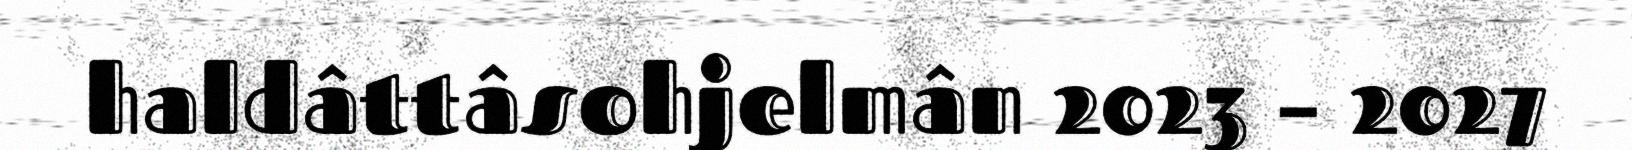
haldâttâsohjelmân 2023 – 2027